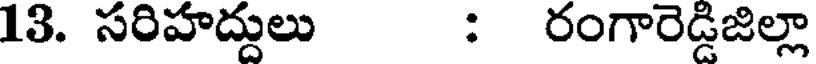
13. సరిహద్దులు : రంగారెడ్డిజిల్లా